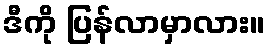
ဒီကို ပြန်လာမှာလား။